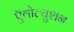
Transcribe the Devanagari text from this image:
ऍवोल्युशन